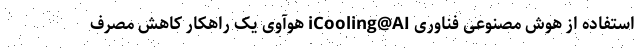
استفاده از هوش مصنوعی فناوری iCooling@AI هوآوی یک راهکار کاهش مصرف